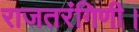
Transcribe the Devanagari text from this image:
राजतरंगिणी।